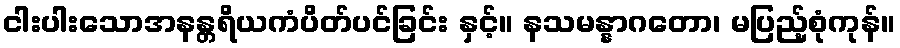
ငါးပါးသောအနန္တရိယကံပိတ်ပင်ခြင်း နှင့်။ နသမန္နာဂတော၊ မပြည့်စုံကုန်။